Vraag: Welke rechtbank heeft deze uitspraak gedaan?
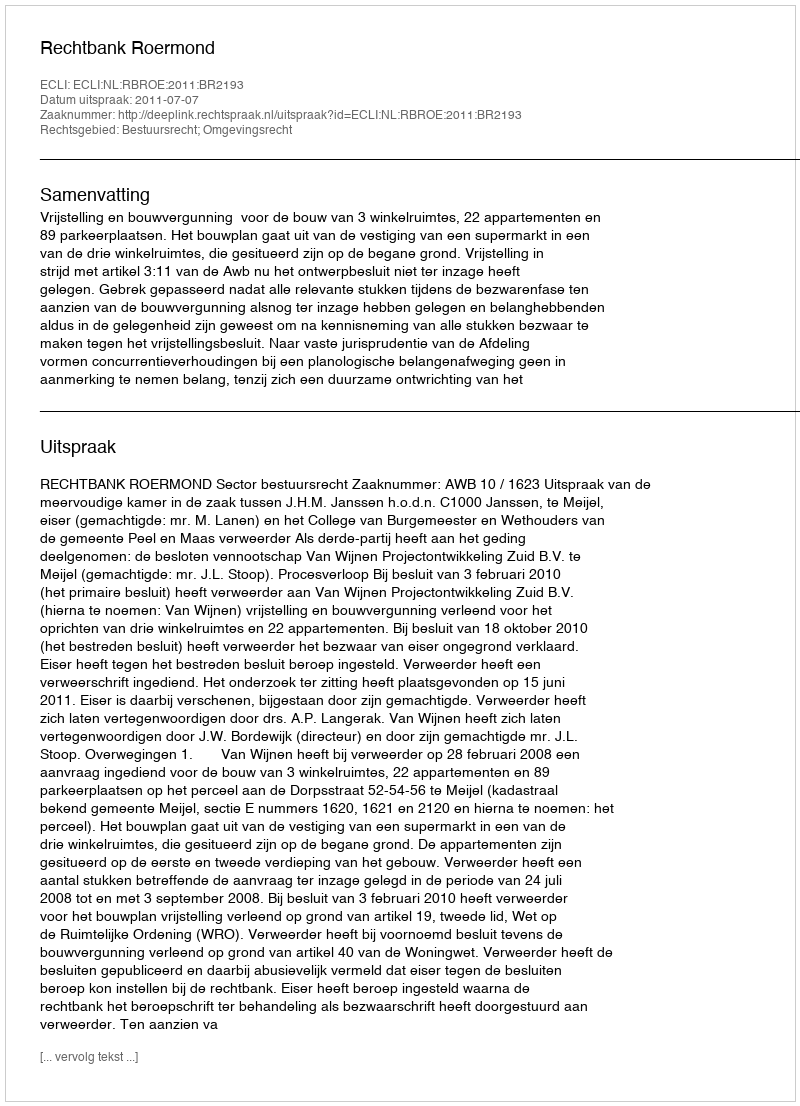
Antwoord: Rechtbank Roermond